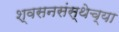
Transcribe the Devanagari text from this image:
श्वसनसंस्थेच्या